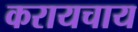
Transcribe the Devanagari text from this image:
करायचाय